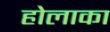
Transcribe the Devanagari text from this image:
होलाका